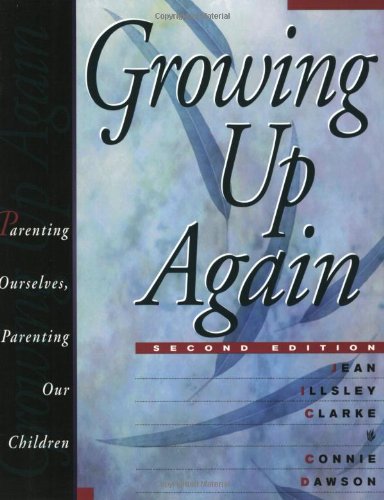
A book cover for Growing Up Again: Parenting Ourselves, Parenting Our Children; Jean Illsley Clarke; Self-Help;